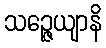
သဉ္ဇေယျာနိ